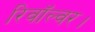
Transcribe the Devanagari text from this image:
रिवॉल्वर।